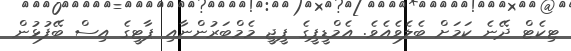
ޓިކެޓް ދޭނެ ކަމަށް ބެލެވެއެވެ. އެމްޑީޕީގެ ޕީޖީ މެމްބަރުންނާއި ޕާޓީގެ އިސް ބޭފުޅުން